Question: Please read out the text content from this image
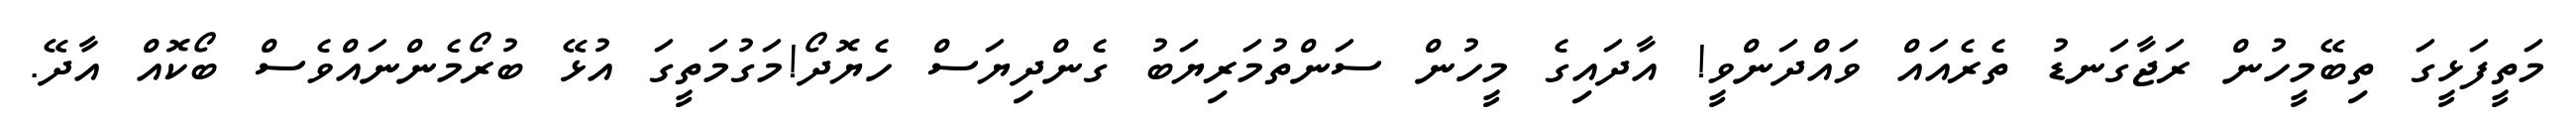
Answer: މަތީފަޅީގަ ތިބޭމީހުން ރަޖާގަނޑު ތެރެއައް ވައްދަންވީ! އާދައިގެ މީހުން ސަންތުމަރިޔަބު ގެންދިޔަސް ހެޔޮދޯ!މަގުމަތީގަ އުޅޭ ބުރޯމެންނައްވެސް ބޯކޮއް އާދޭ.